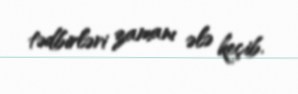
tədbirləri zamanı ələ keçib.